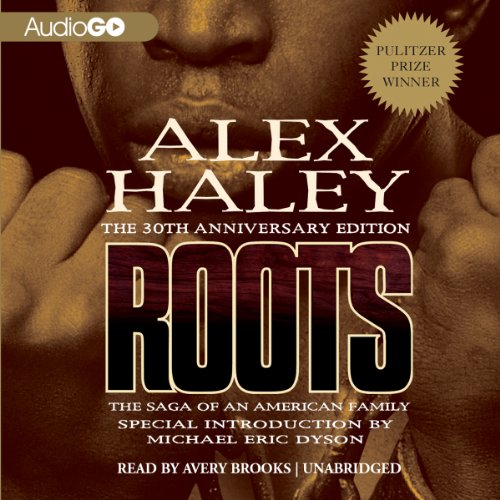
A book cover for Roots: The Saga of an American Family (Unabridged Edition); Alex Haley; Literature & Fiction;